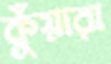
কুঁয়ারা